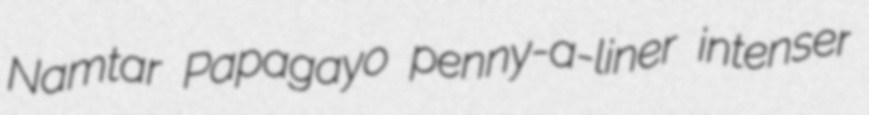
Namtar Papagayo penny-a-liner intenser